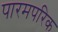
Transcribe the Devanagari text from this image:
पारमपरिक